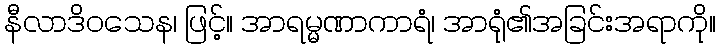
နီလာဒိဝသေန၊ ဖြင့်။ အာရမ္မဏာကာရံ၊ အာရုံ၏အခြင်းအရာကို။